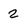
Character: 2